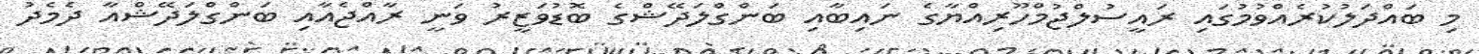
މި ބައްދަލުކުރެއްވުމުގައި ރައީސުލްޖުމްހޫރިއްޔާގެ ނައިބާއި ބަންގްލަދޭޝްގެ ބޮޑުވަޒީރު ވަނީ ރާއްޖެއާއި ބަންގްލަދޭޝްއާ ދެމެދު